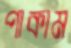
পাকাম